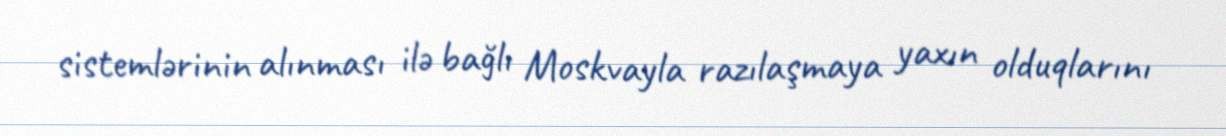
sistemlərinin alınması ilə bağlı Moskvayla razılaşmaya yaxın olduqlarını